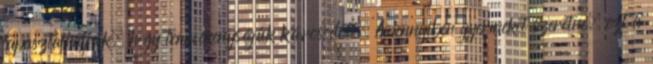
tapasztalhatják, hogy termékenységük károsodott. Amennyiben gyermeket szeretne, ezt a